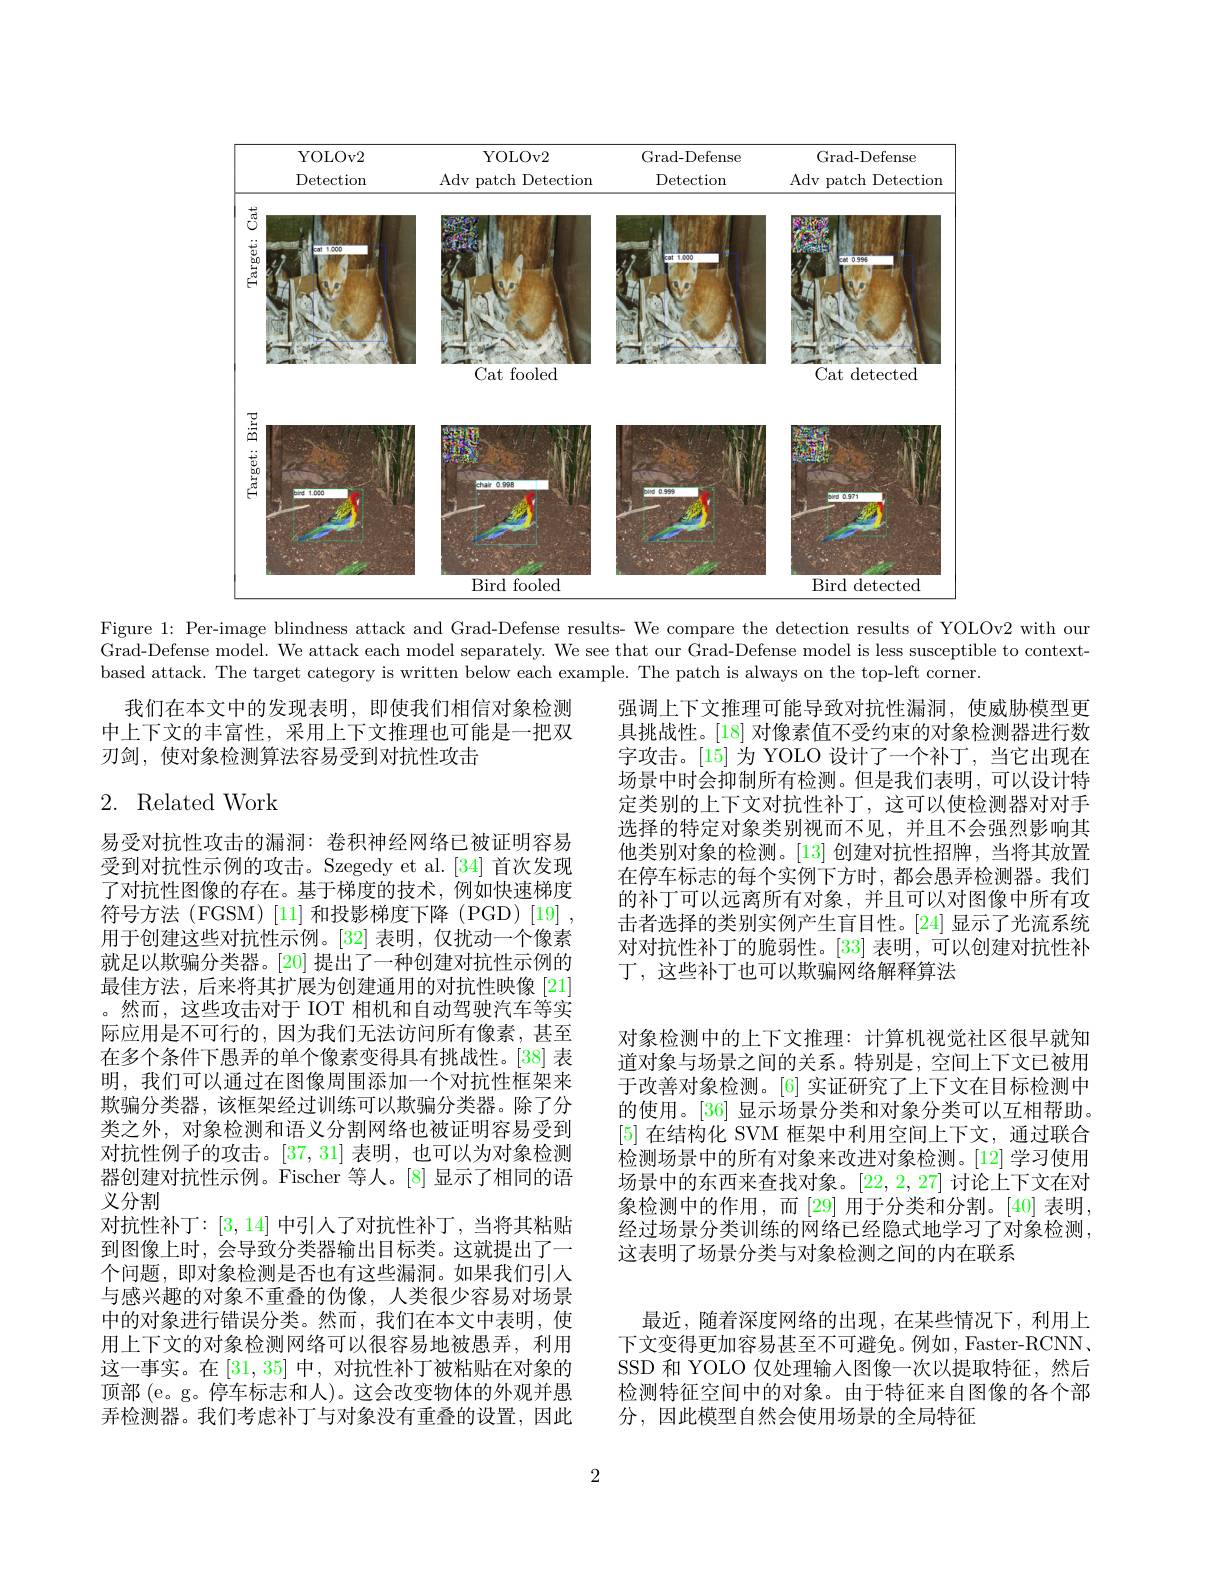
<FigureHere>

Figure 1: Per-image blindness attack and Grad-Defense results- We compare the detection results of YOLOv2 with our Grad-Defense model. We attack each model separately. We see that our Grad-Defense model is less susceptible to contextbased attack. The target category is written below each example. The patch is always on the top-left corner.

我们在本文中的发现表明，即使我们相信对象检测中上下文的丰富性，采用上下文推理也可能是一把双刃剑，使对象检测算法容易受到对抗性攻击

# 2. Related Work

强调上下文推理可能导致对抗性漏洞，使威胁模型更具挑战性。[18] 对像素值不受约束的对象检测器进行数字攻击。[15] 为 YOLO 设计了一个补丁，当它出现在场景中时会抑制所有检测。但是我们表明，可以设计特定类别的上下文对抗性补丁，这可以使检测器对对手选择的特定对象类别视而不见，并且不会强烈影响其他类别对象的检测。[13] 创建对抗性招牌，当将其放置在停车标志的每个实例下方时，都会愚弄检测器。我们的补丁可以远离所有对象，并且可以对图像中所有攻击者选择的类别实例产生盲目性。[24] 显示了光流系统对对抗性补丁的脆弱性。[33] 表明，可以创建对抗性补丁 , 这些补丁也可以欺骗网络解释算法

对象检测中的上下文推理：计算机视觉社区很早就知道对象与场景之间的关系。特别是，空间上下文已被用于改善对象检测。[6] 实证研究了上下文在目标检测中的使用。[36] 显示场景分类和对象分类可以互相帮助。[5]在结构化 SVM 框架中利用空间上下文，通过联合检测场景中的所有对象来改进对象检测。[12] 学习使用场景中的东西来查找对象。[22,2,27]讨论上下文在对象检测中的作用，而[29] 用于分类和分割。[40] 表明， 经过场景分类训练的网络已经隐式地学习了对象检测， 这表明了场景分类与对象检测之间的内在联系
最近，随着深度网络的出现，在某些情况下，利用上下文变得更加容易甚至不可避免。例如，Faster-RCNN , SSD 和 YOLO 仅处理输入图像一次以提取特征，然后检测特征空间中的对象。由于特征来自图像的各个部

易受对抗性攻击的漏洞：卷积神经网络已被证明容易受到对抗性示例的攻击。Szegedy et al.[34] 首次发现了对抗性图像的存在。基于梯度的技术，例如快速梯度符号方法 (FGSM) [11] 和投影梯度下降 (PGD)[19] , 用于创建这些对抗性示例。[32] 表明，仅扰动一个像素就足以欺骗分类器。[20] 提出了一种创建对抗性示例的最佳方法，后来将其扩展为创建通用的对抗性映像 [21] 。然而，这些攻击对于 IOT 相机和自动驾驶汽车等实际应用是不可行的，因为我们无法访问所有像素，甚至在多个条件下愚弄的单个像素变得具有挑战性。[38] 表明，我们可以通过在图像周围添加一个对抗性框架来欺骗分类器，该框架经过训练可以欺骗分类器。除了分类之外，对象检测和语义分割网络也被证明容易受到对抗性例子的攻击。[37,31] 表明，也可以为对象检测器创建对抗性示例。Fischer 等人。[8]显示了相同的语义分割
对抗性补丁：[3,14] 中引人了对抗性补丁，当将其粘贴到图像上时，会导致分类器输出目标类。这就提出了一个问题，即对象检测是否也有这些漏洞。如果我们引人与感兴趣的对象不重叠的伪像，人类很少容易对场景中的对象进行错误分类。然而，我们在本文中表明，使用上下文的对象检测网络可以很容易地被愚弄，利用这一事实。在[31,35] 中，对抗性补丁被粘贴在对象的顶部 (e。g。停车标志和人)。这会改变物体的外观并愚弄检测器。我们考虑补丁与对象没有重叠的设置，因此

分，因此模型自然会使用场景的全局特征

2